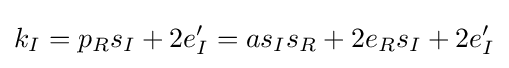
k_{I}=p_{R}s_{I}+2e'_{I}=as_{I}s_{R}+2e_{R}s_{I}+2e'_{I}